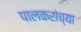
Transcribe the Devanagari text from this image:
पालकरांच्या